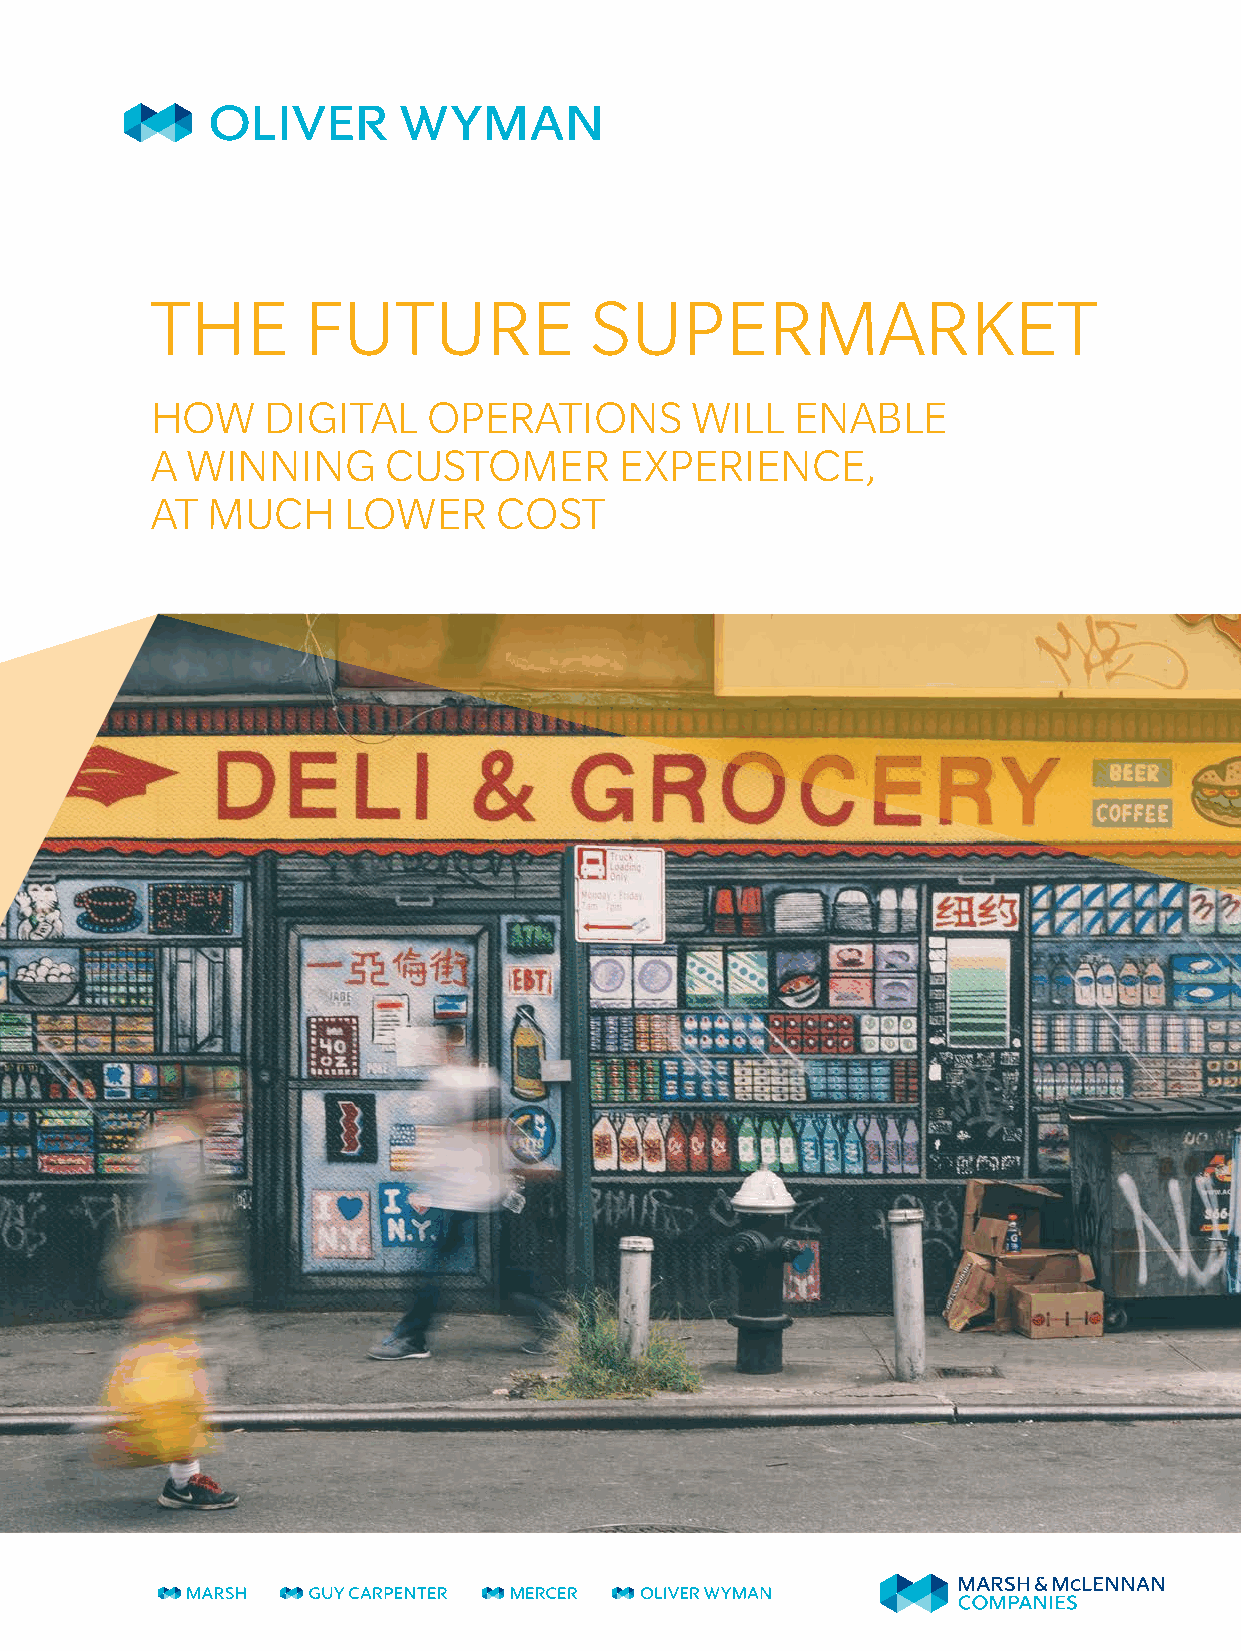
THE       FUTURE             SUPERMARKET
 HOW     DIGITAL   OPERATIONS        WILL   ENABLE
 A WINNING      CUSTOMER        EXPERIENCE,
 AT  MUCH     LOWER     COST